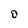
Character: D